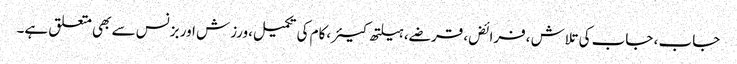
جاب ، جاب کی تلاش ،فرائض، قرضے، ہیلتھ کیئر،کام کی تکمیل،ورزش اور بزنس سے بھی متعلق ہے۔